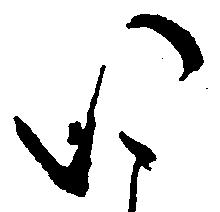
い